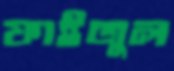
ফাইজুল